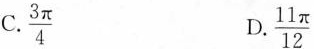
C. $$\frac{3 \pi}{4}$$ D. $$\frac{11 \pi}{12}$$